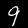
Digit: 9